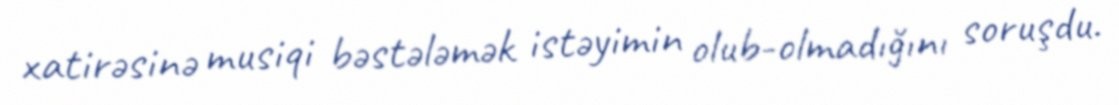
xatirəsinə musiqi bəstələmək istəyimin olub-olmadığını soruşdu.